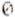
0